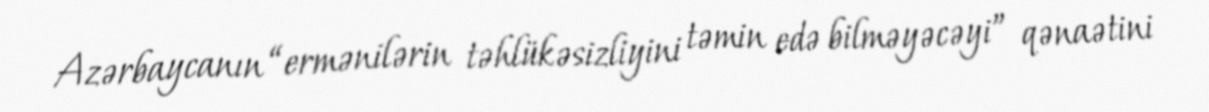
Azərbaycanın “ermənilərin təhlükəsizliyini təmin edə bilməyəcəyi” qənaətini